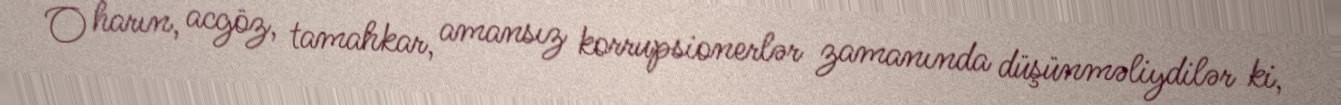
O harın, acgöz, tamahkar, amansız korrupsionerlər zamanında düşünməliydilər ki,